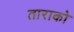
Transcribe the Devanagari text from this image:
ताराको